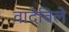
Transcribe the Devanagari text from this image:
वादेविले